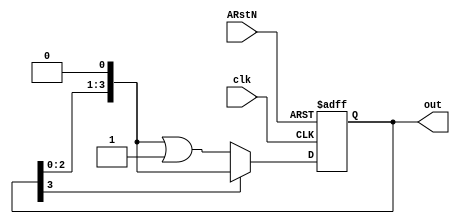
`timescale 1 ns / 10 ps

module counter(clk, out, ARstN);

input clk;
input ARstN;

output reg [3:0] out;


always @(posedge clk or negedge ARstN) begin
	if(!ARstN)
		out = 0;
	else begin
		if(!out[3])
			out = (out << 1) | 1;
		else
			out = (out << 1);
	end
end

endmodule